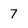
Character: 7